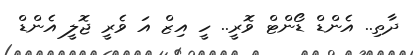
ދާތި.. އެންޑް ޑޯންޓް ވޮރީ.. ހީ އިޒް އަ ވެރީ ޖޮލީ އެންޑް